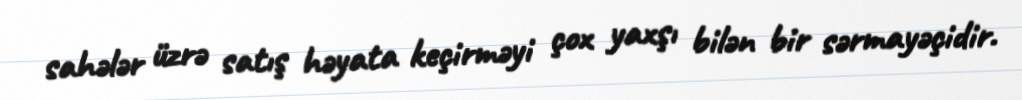
sahələr üzrə satış həyata keçirməyi çox yaxşı bilən bir sərmayəçidir.